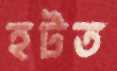
হটত